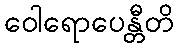
ဝေါရောပေန္တီတိ